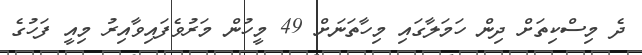
ދެ މިސްކިތަށް ދިން ހަމަލާގައި މިހާތަނަށް 49 މީހުން މަރުވެފައިވާއިރު މިއީ ފަހުގެ